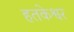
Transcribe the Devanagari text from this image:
हतकेश्वर